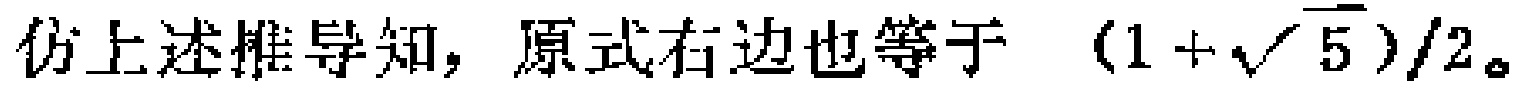
仿上述推导知，原式右边也等于 \((1 + \sqrt{5})/2\)。